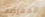
الممرضات